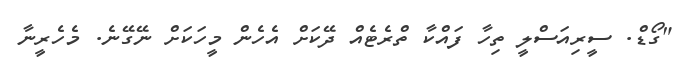
"ގޯޑް. ސީރިއަސްލީ ތިހާ ފައްކާ ތްރެޓެއް ދޭކަށް އެހެން މީހަކަށް ނޭގޭނެ. މެހެރީނާ